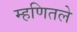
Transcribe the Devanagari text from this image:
म्हणितले